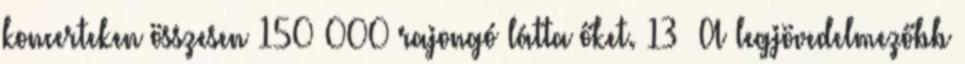
koncerteken összesen 150 000 rajongó látta őket. 13 A legjövedelmezőbb